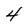
Character: 4